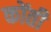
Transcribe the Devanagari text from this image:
कोंती